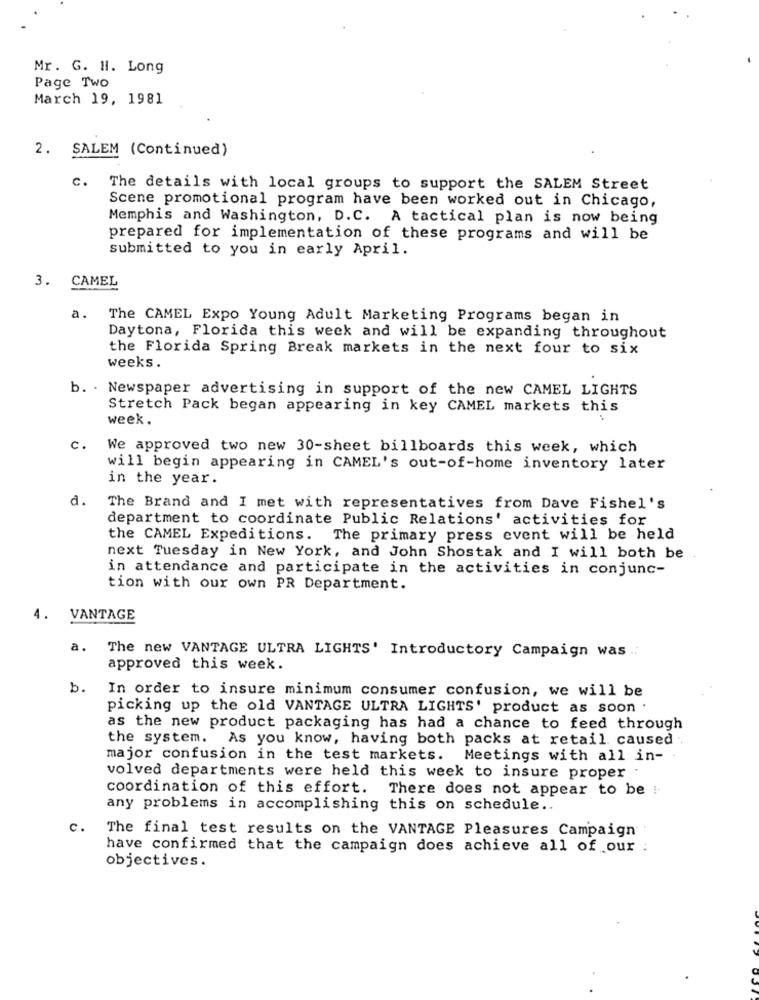
Mr. G. H. Long
Page Two
March 19, 1981
2. SALEM (Continued)
c. The details with local groups to support the SALEM Street
Scene promotional program have been worked out in Chicago,
Memphis and Washington, D.C. A tactical plan is now being
prepared for implementation of these programs and will be
submitted to you in early April.
3. CAMEL
a.
The CAMEL Expo Young Adult Marketing Programs began in
Daytona, Florida this week and will be expanding throughout
the Florida Spring Break markets in the next four to six
weeks.
b. . Newspaper advertising in support of the new CAMEL LIGHTS
Stretch Pack began appearing in key CAMEL markets this
week.
C.
We approved two new 30-sheet billboards this week, which
will begin appearing in CAMEL's out-of-home inventory later
in the year.
d.
The Brand and I met with representatives from Dave Fishel's
department to coordinate Public Relations' activities for
the CAMEL Expeditions. The primary press event will be held
next Tuesday in New York, and John Shostak and I will both be
in attendance and participate in the activities in conjunc-
tion with our own PR Department.
4. VANTAGE
a. The new VANTAGE ULTRA LIGHTS' Introductory Campaign was
approved this week.
b.
In order to insure minimum consumer confusion, we will be
picking up the old VANTAGE ULTRA LIGHTS' product as soon .
as the new product packaging has had a chance to feed through
the system. As you know, having both packs at retail caused .
major confusion in the test markets. Meetings with all in-
volved departments were held this week to insure proper
coordination of this effort. There does not appear to be !-
any problems in accomplishing this on schedule ..
c.
The final test results on the VANTAGE Pleasures Campaign
have confirmed that the campaign does achieve all of our
objectives.